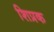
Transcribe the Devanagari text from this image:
शिप्रक